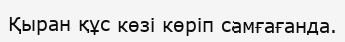
Қыран құс көзі көріп самғағанда.